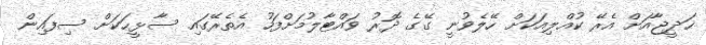
ޙަދީޖާއަށް އެރޭ ކުއްލިއަކަށް ހޭލެވުނީ ގޭގެ ދޮރު ވައްޓާލުމަށްފަހު އެތެރޭގައި ސާޅީހަކަށް ސިފައިން